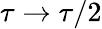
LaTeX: \tau\to\tau/2